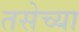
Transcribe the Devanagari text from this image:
तसेच्या